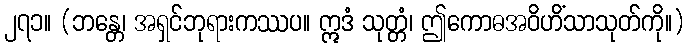
၂၇၁။ (ဘန္တေ၊ အရှင်ဘုရားကဿပ။ ဣဒံ သုတ္တံ၊ ဤကောဓအဝိဟိံသာသုတ်ကို။)